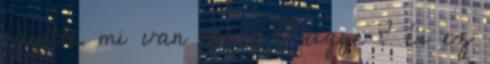
együtt. mi van ebben ? ugye ? és ez